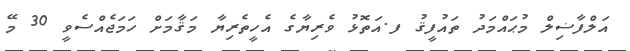
އަލްފާޟިލް މުޙައްމަދު ތައުފީޤު ފ.އަތޮޅު ވެރިޔާގެ އެހީތެރިޔާ މަޤާމަށް ހަމަޖެއްސެވީ 30 މޭ